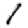
Digit: 1